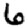
Digit: 6